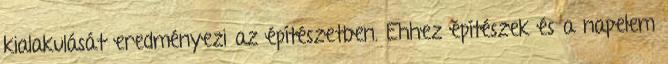
kialakulását eredményezi az építészetben. Ehhez építészek és a napelem